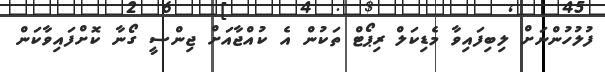
ފުލުހުންނަށް ލިބިފައިވާ މެޑިކަލް ރިޕޯޓް ތަކުން އެ ކުއްޖާއަށް ޖިންސީ ގޯނާ ކޮށްފައިވާކަން